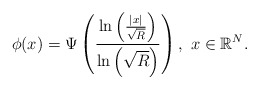
\begin{align*}\phi(x)=\Psi\left(\frac{\ln\left(\frac{|x|}{\sqrt{R}}\right)}{\ln\left(\sqrt{R}\right)}\right),\,\, x\in\mathbb{R}^{N}.\end{align*}